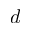
d